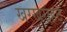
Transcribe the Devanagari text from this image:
खरखराहट